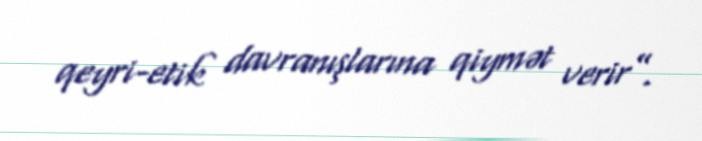
qeyri-etik davranışlarına qiymət verir”.